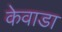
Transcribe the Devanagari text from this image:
केवाडा